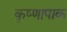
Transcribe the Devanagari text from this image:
कृष्णापाक